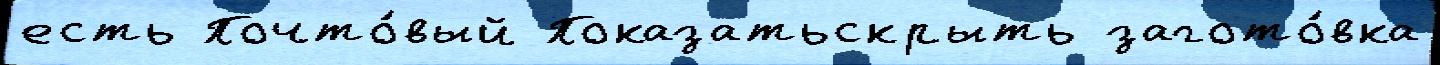
есть Почто́вый Показатьскрыть загото́вка